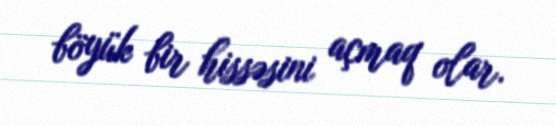
böyük bir hissəsini açmaq olar.